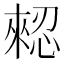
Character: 𢠗